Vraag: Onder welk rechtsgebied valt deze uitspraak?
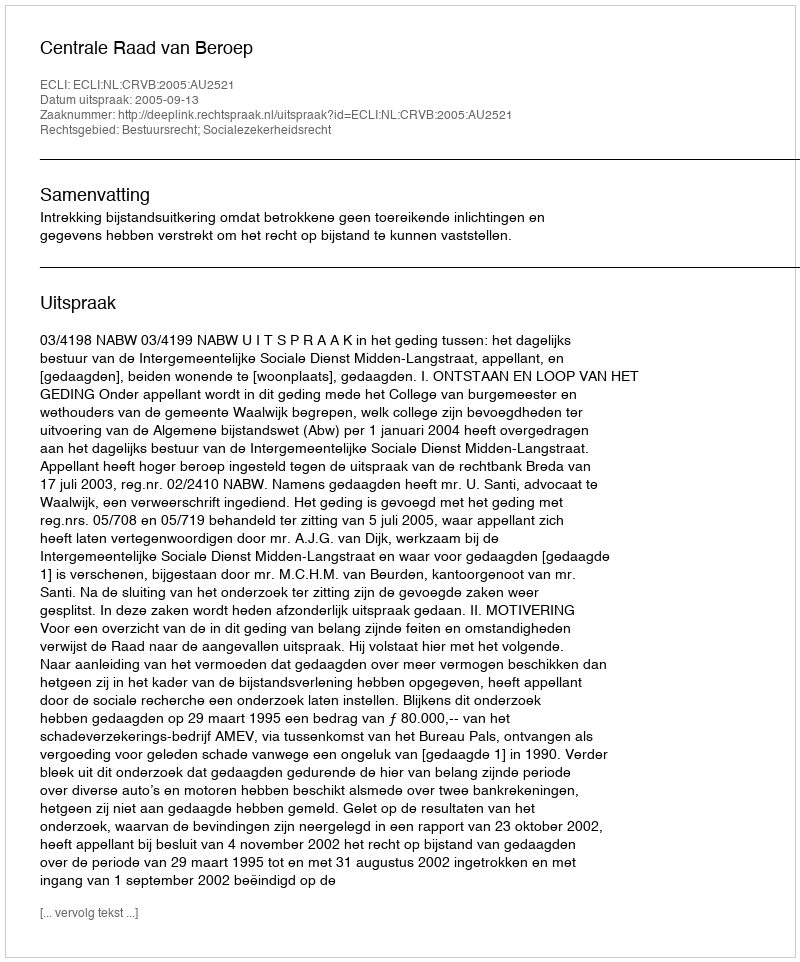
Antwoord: Bestuursrecht; Socialezekerheidsrecht